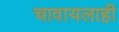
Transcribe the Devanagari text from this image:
चावायलाही